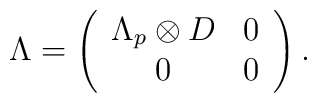
\Lambda =\left(\begin{array}{cc}\Lambda_p\otimes D&0\\0 & 0\end{array}\right).